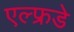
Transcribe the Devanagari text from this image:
एल्फ्रडे